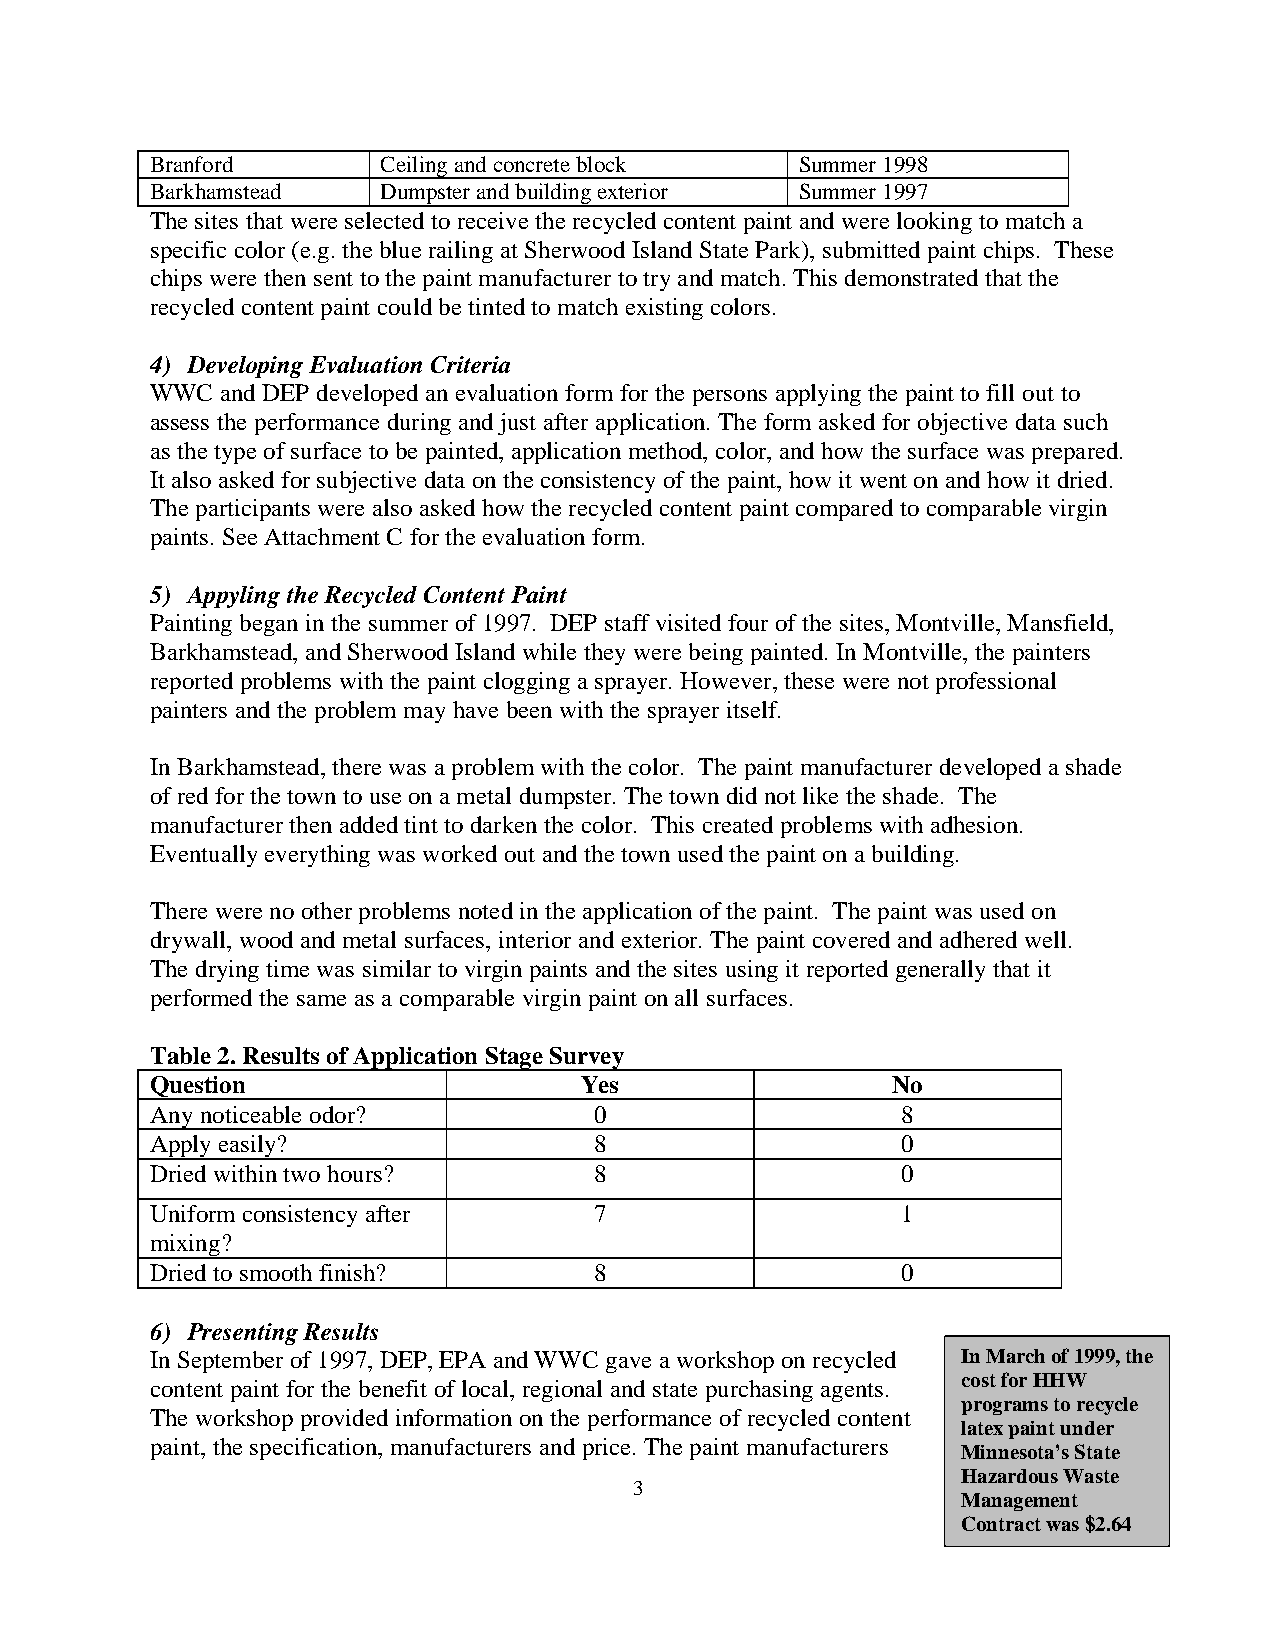
Branford       Ceiling and concrete block  Summer 1998
 Barkhamstead   Dumpster and building exterior Summer 1997
 The sites that were selected to receive the recycled content paint and were looking to match a
 specific color (e.g. the blue railing at Sherwood Island State Park), submitted paint chips. These
 chips were then sent to the paint manufacturer to try and match. This demonstrated that the
 recycled content paint could be tinted to match existing colors.
 4) Developing Evaluation Criteria
 WWC  and DEP developed an evaluation form for the persons applying the paint to fill out to
 assess the performance during and just after application. The form asked for objective data such
 as the type of surface to be painted, application method, color, and how the surface was prepared.
 It also asked for subjective data on the consistency of the paint, how it went on and how it dried.
 The participants were also asked how the recycled content paint compared to comparable virgin
 paints. See Attachment C for the evaluation form.
 5) Appyling the Recycled Content Paint
 Painting began in the summer of 1997. DEP staff visited four of the sites, Montville, Mansfield,
 Barkhamstead, and Sherwood Island while they were being painted. In Montville, the painters
 reported problems with the paint clogging a sprayer. However, these were not professional
 painters and the problem may have been with the sprayer itself.
 In Barkhamstead, there was a problem with the color. The paint manufacturer developed a shade
 of red for the town to use on a metal dumpster. The town did not like the shade. The
 manufacturer then added tint to darken the color. This created problems with adhesion.
 Eventually everything was worked out and the town used the paint on a building.
 There were no other problems noted in the application of the paint. The paint was used on
 drywall, wood and metal surfaces, interior and exterior. The paint covered and adhered well.
 The drying time was similar to virgin paints and the sites using it reported generally that it
 performed the same as a comparable virgin paint on all surfaces.
 Table 2. Results of Application Stage Survey
 Question                    Yes                  No
 Any noticeable odor?         0                    8
 Apply easily?                8                    0
 Dried within two hours?      8                    0
 Uniform consistency after    7                    1
 mixing?
 Dried to smooth finish?      8                    0
 6) Presenting Results
 In September of 1997, DEP, EPA and WWC gave a workshop on recycled In March of 1999, the
 cost for HHW
 content paint for the benefit of local, regional and state purchasing agents.
 programs to recycle
 The workshop provided information on the performance of recycled content
 latex paint under
 paint, the specification, manufacturers and price. The paint manufacturers
 Minnesota’s State
 Hazardous Waste
 3
 Management
 Contract was $2.64
 per gallon